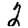
Digit: 2